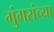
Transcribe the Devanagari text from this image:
गुंगरांच्या